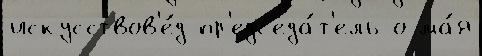
искусствов'е́д пр'едс'еда́т'ель о ма́я